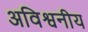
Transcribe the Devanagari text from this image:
अविश्वनीय